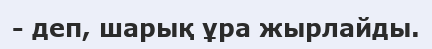
- деп, шарық ұра жырлайды.